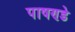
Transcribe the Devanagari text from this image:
पाषण्डे